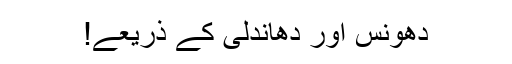
دھونس اور دھاندلی کے ذریعے!